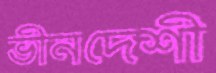
ভীনদেশী